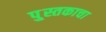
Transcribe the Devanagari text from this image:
पु्स्तकाचा